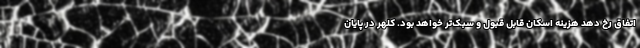
اتفاق رخ دهد هزینه اسکان قابل قبول و سبک‌تر خواهد بود. کلهر در پایان